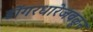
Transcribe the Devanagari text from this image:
डोंगरधारेजवळून